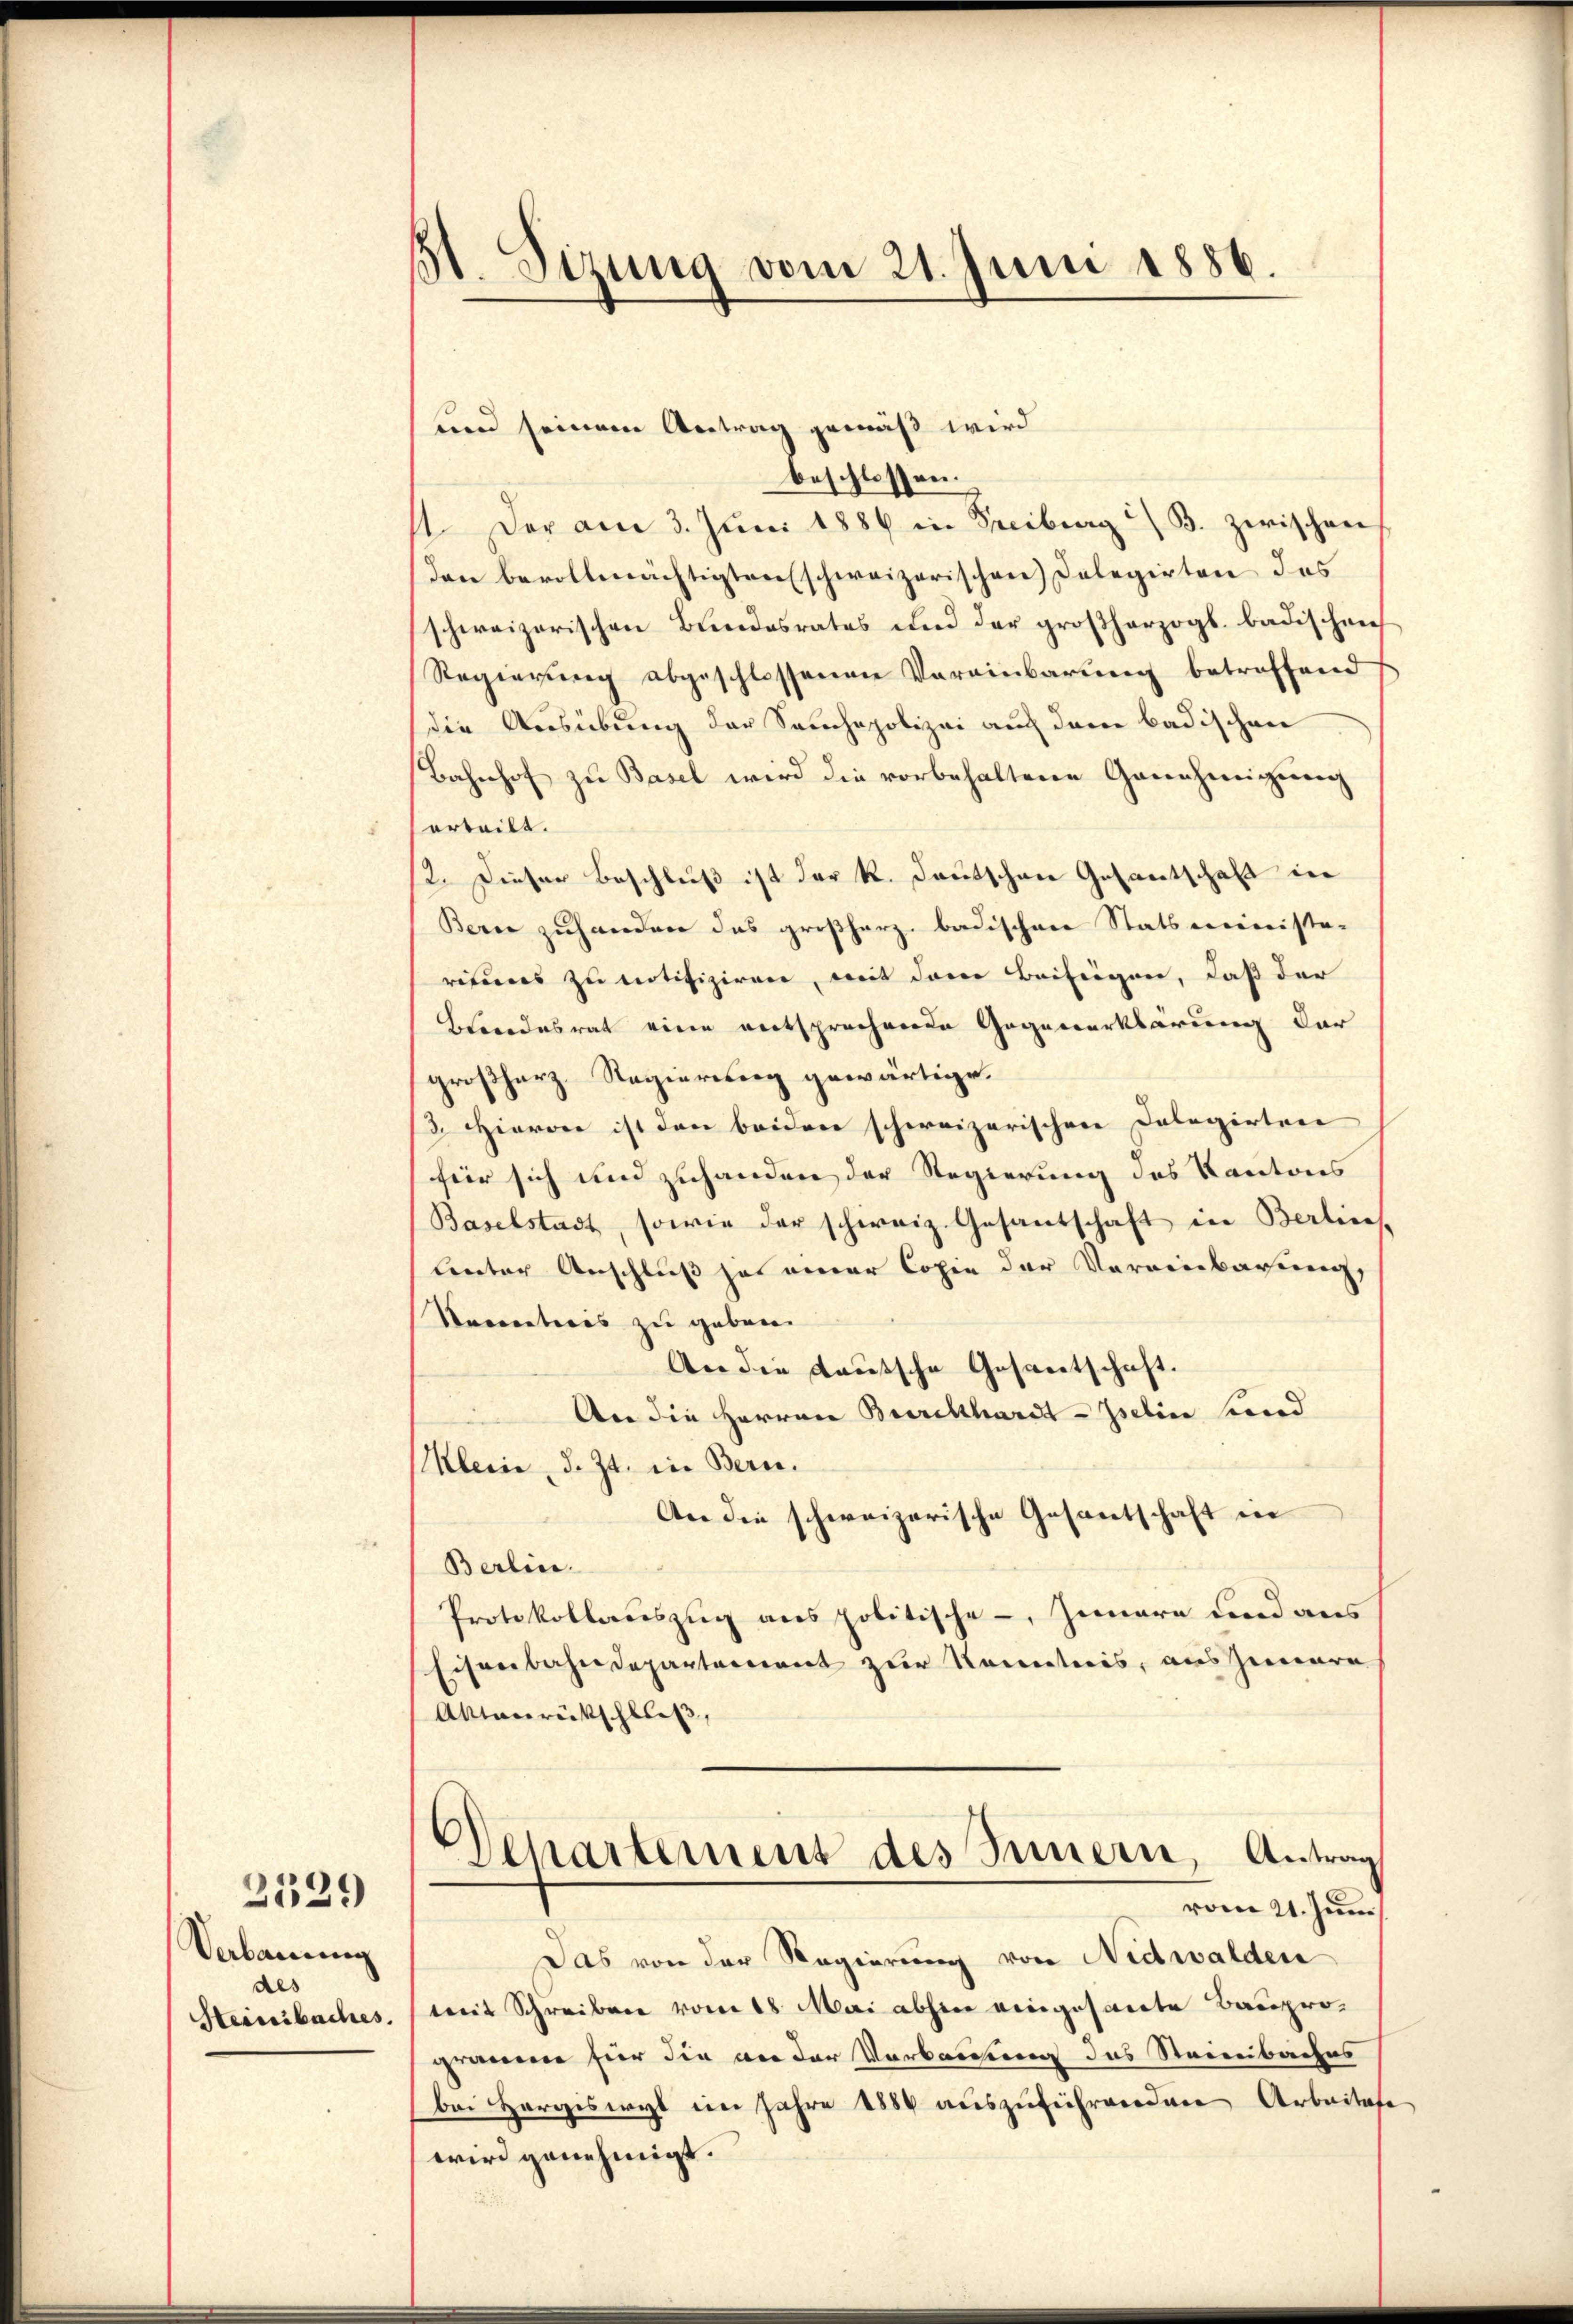
Verbauung
aes
Heissibaches,

2129

51. Sizung vom 21. Juni 1886.

und seinem Antrag gemäß wird
beschlossen:
1. Der am 3. Juni 1886 in Freiburg / B. zwischen
den bevollmächtigten schweizerischen Delegirten das
schweizerischen Bundesrates und der großherzogl. badischen
Regierung abgeschlossenen Vereinbarung betreffend
die Ausübung der Samchapolizei auch dem badischen
Bahnhof zu Basel wird die vorbehaltene Genehmigung
erteilt.
2. Dieser Beschluß ist der R. Deutschen Gesantschaft in
Bern zuhanden das großherz badischen Statsministe-
risius zu notifiziren, mit dem Beifügen, daß der
Blandesrat eine entsprechende Gegenerklärung der
großherz. Regierung gewärtige.
3. Hierone ist den beiden schweizerischen Dolagirten
für sich und zuhanden der Regierung des Kantons
Baselstadt, sowie der schweiz. Gesantschaft in Berlins
linter Anschluß ja einer Copie der Vereinbarung,
Seceticis zu geben.
An die teutsche Gesantschaft.
An die Herren Burckhardt-Iseline sind
Klein, d. Zt. in Bern.
An die schweizerische Gesantschaft in
Berlin.
Protokollauszug aus politische -, Iunara und aus
Eisenbahndepartement zur Kenntnis, aus jenere
Antanrückschließ,
Departement des Innern, Antrag
vom 21. Juni
Das von der Regierung von Nidwalden
mit Schreiben vom 18. Mai abhin eingesarte Bauprogräume für die an der Verbauung des Steinbaches
bei Hergiswyl im Jahre 1884 auszuführenden Arbeitete
wird genehmigt.